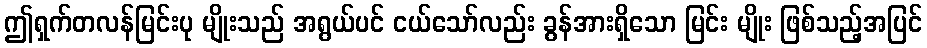
ဤရှက်တလန်မြင်းပု မျိုးသည် အရွယ်ပင် ငယ်သော်လည်း ခွန်အားရှိသော မြင်း မျိုး ဖြစ်သည့်အပြင်